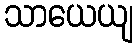
သာယေယျ